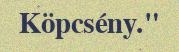
Köpcsény."